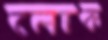
লোক